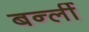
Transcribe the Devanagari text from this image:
बर्न्ली